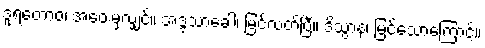
ဒူရတောဝ၊ အဝေးမှလျှင်။ အဒ္ဒသာခေါ၊ မြင်လတ်ပြီ။ ဒိသွာန၊ မြင်သောကြောင့်။